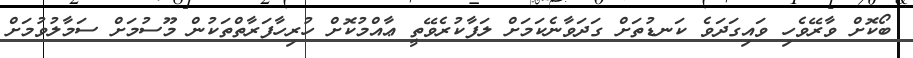
ބޯކޮށް ވާރޭވެހި ވައިގަދަވެ ކަނޑުތަށް ގަދަވާނެކަމަށް ލަފާކުރެވޭތީ ޢާއްމުކޮށް ހުރިހާފަރާތްތަކުން މޫސުމަށް ސަމާލުވުމަށް